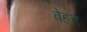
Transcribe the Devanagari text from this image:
बेहत्त